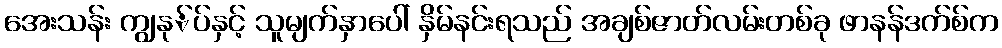
အေးသန်း ကျွနု်ပ်နှင့် သူမျက်နှာပေါ် နှိမ်နင်းရသည် အချစ်ဇာတ်လမ်းတစ်ခု ဖာနန်ဒက်စ်က